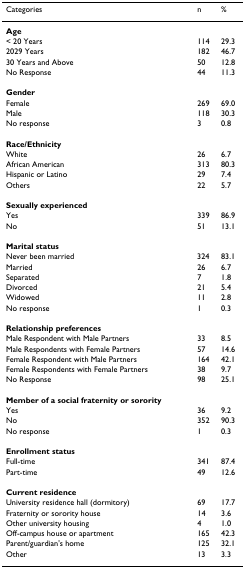
<table><thead><tr><td><b>Categories</b></td><td><b>n</b></td><td><b>%</b></td></tr></thead><tbody><tr><td><b>Age</b></td><td></td><td></td></tr><tr><td>&lt; 20 Years</td><td>114</td><td>29.3</td></tr><tr><td>20‐29 Years</td><td>182</td><td>46.7</td></tr><tr><td>30 Years and Above</td><td>50</td><td>12.8</td></tr><tr><td>No Response</td><td>44</td><td>11.3</td></tr><tr><td><b>Gender</b></td><td></td><td></td></tr><tr><td>Female</td><td>269</td><td>69.0</td></tr><tr><td>Male</td><td>118</td><td>30.3</td></tr><tr><td>No response</td><td>3</td><td>0.8</td></tr><tr><td><b>Race/Ethnicity</b></td><td></td><td></td></tr><tr><td>White</td><td>26</td><td>6.7</td></tr><tr><td>African American</td><td>313</td><td>80.3</td></tr><tr><td>Hispanic or Latino</td><td>29</td><td>7.4</td></tr><tr><td>Others</td><td>22</td><td>5.7</td></tr><tr><td><b>Sexually experienced</b></td><td></td><td></td></tr><tr><td>Yes</td><td>339</td><td>86.9</td></tr><tr><td>No</td><td>51</td><td>13.1</td></tr><tr><td><b>Marital status</b></td><td></td><td></td></tr><tr><td>Never been married</td><td>324</td><td>83.1</td></tr><tr><td>Married</td><td>26</td><td>6.7</td></tr><tr><td>Separated</td><td>7</td><td>1.8</td></tr><tr><td>Divorced</td><td>21</td><td>5.4</td></tr><tr><td>Widowed</td><td>11</td><td>2.8</td></tr><tr><td>No response</td><td>1</td><td>0.3</td></tr><tr><td><b>Relationship preferences</b></td><td></td><td></td></tr><tr><td>Male Respondent with Male Partners</td><td>33</td><td>8.5</td></tr><tr><td>Male Respondents with Female Partners</td><td>57</td><td>14.6</td></tr><tr><td>Female Respondent with Male Partners</td><td>164</td><td>42.1</td></tr><tr><td>Female Respondents with Female Partners</td><td>38</td><td>9.7</td></tr><tr><td>No Response</td><td>98</td><td>25.1</td></tr><tr><td><b>Member of a social fraternity or sorority</b></td><td></td><td></td></tr><tr><td>Yes</td><td>36</td><td>9.2</td></tr><tr><td>No</td><td>352</td><td>90.3</td></tr><tr><td>No response</td><td>1</td><td>0.3</td></tr><tr><td><b>Enrollment status</b></td><td></td><td></td></tr><tr><td>Full-time</td><td>341</td><td>87.4</td></tr><tr><td>Part-time</td><td>49</td><td>12.6</td></tr><tr><td><b>Current residence</b></td><td></td><td></td></tr><tr><td>University residence hall (dormitory)</td><td>69</td><td>17.7</td></tr><tr><td>Fraternity or sorority house</td><td>14</td><td>3.6</td></tr><tr><td>Other university housing</td><td>4</td><td>1.0</td></tr><tr><td>Off-campus house or apartment</td><td>165</td><td>42.3</td></tr><tr><td>Parent/guardian&#x27;s home</td><td>125</td><td>32.1</td></tr><tr><td>Other</td><td>13</td><td>3.3</td></tr></tbody></table>